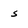
Character: S